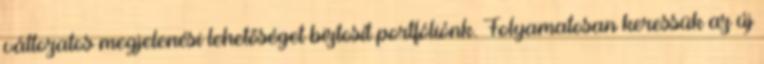
változatos megjelenési lehetőséget biztosít portfóliónk. Folyamatosan keressük az új